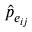
\hat { p } _ { e _ { i j } }